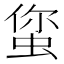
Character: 𱿥